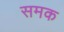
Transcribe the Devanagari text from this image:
समक